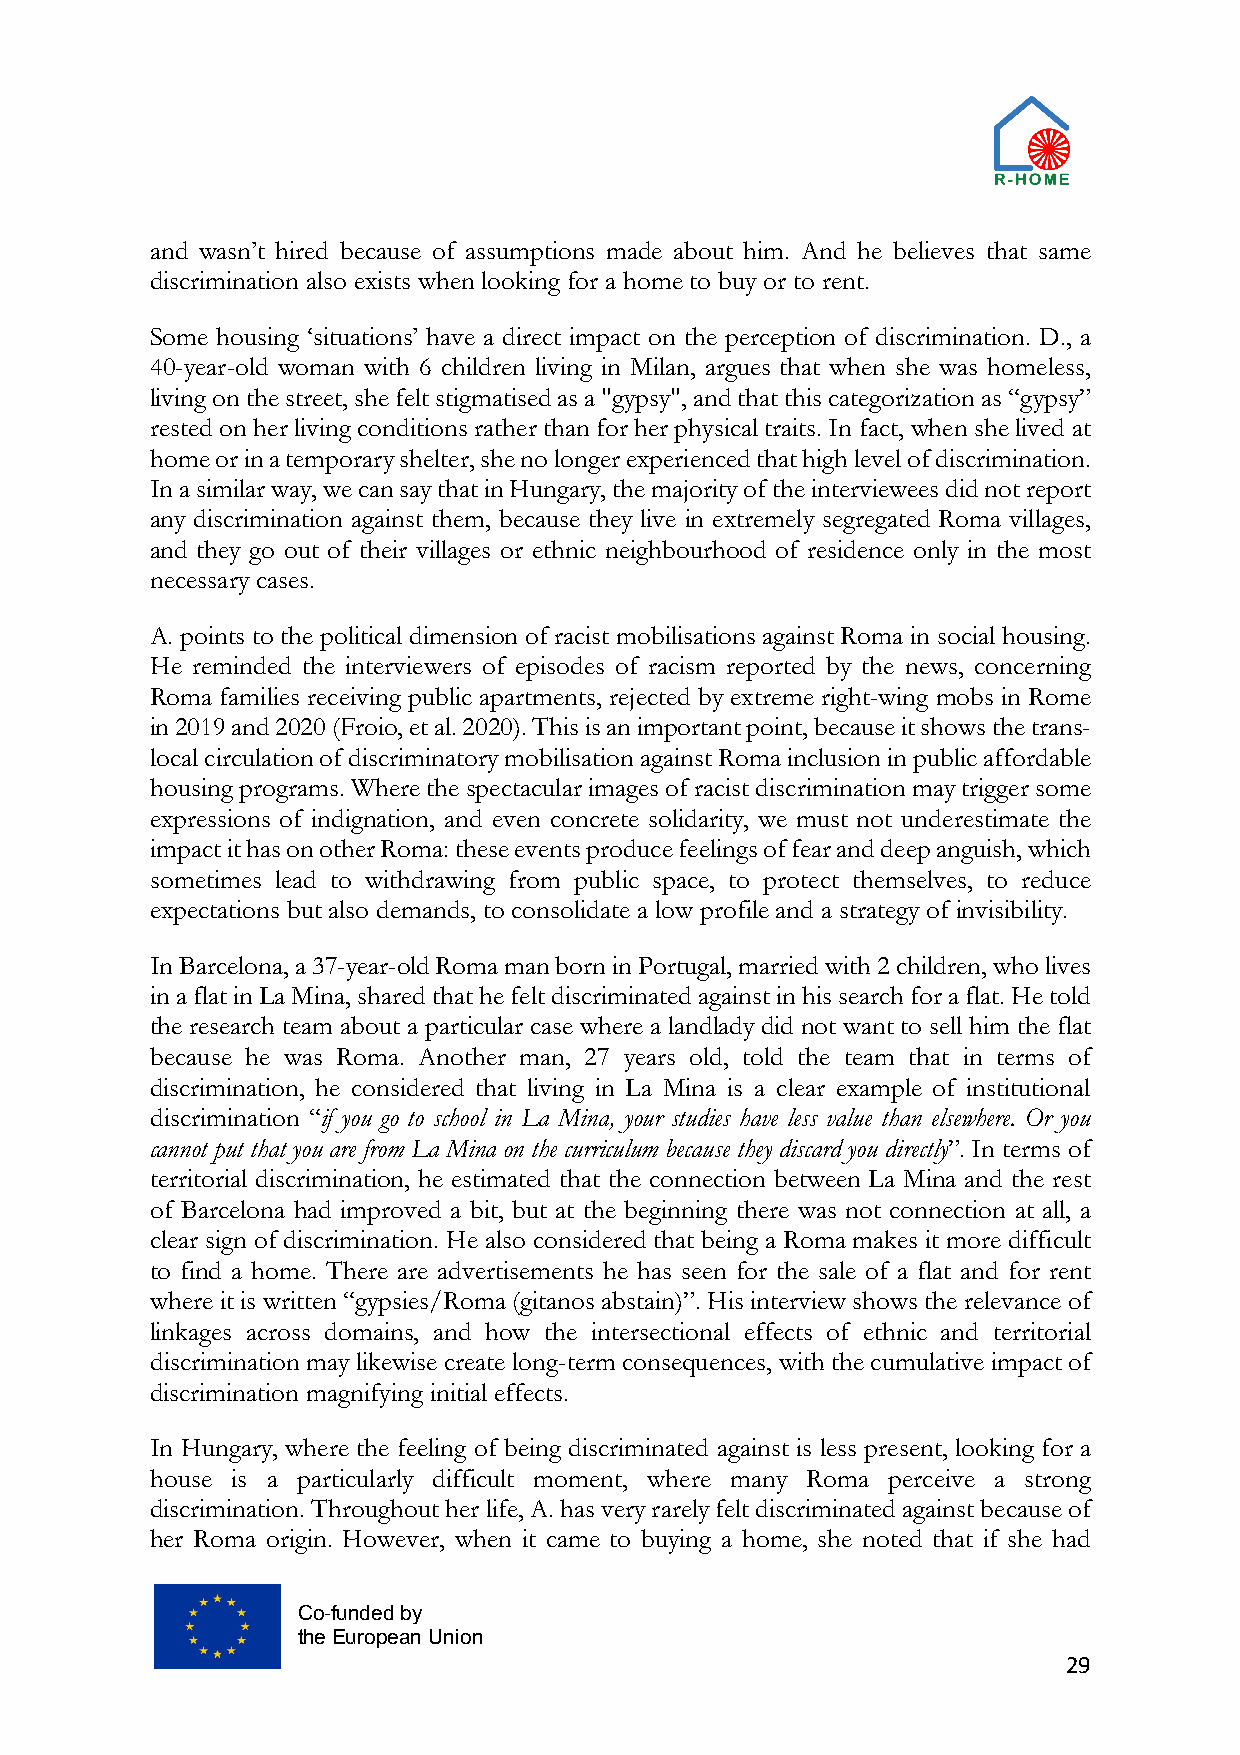
and wasn’t hired because of assumptions made about him. And he believes that same
 discrimination also exists when looking for a home to buy or to rent.
 Some housing ‘situations’ have a direct impact on the perception of discrimination. D., a
 40-year-old woman with 6 children living in Milan, argues that when she was homeless,
 living on the street, she felt stigmatised as a "gypsy", and that this categorization as “gypsy”
 rested on her living conditions rather than for her physical traits. In fact, when she lived at
 home or in a temporary shelter, she no longer experienced that high level of discrimination.
 In a similar way, we can say that in Hungary, the majority of the interviewees did not report
 any discrimination against them, because they live in extremely segregated Roma villages,
 and they go out of their villages or ethnic neighbourhood of residence only in the most
 necessary cases.
 A. points to the political dimension of racist mobilisations against Roma in social housing.
 He reminded the interviewers of episodes of racism reported by the news, concerning
 Roma families receiving public apartments, rejected by extreme right-wing mobs in Rome
 in 2019 and 2020 (Froio, et al. 2020). This is an important point, because it shows the trans-
 local circulation of discriminatory mobilisation against Roma inclusion in public affordable
 housing programs. Where the spectacular images of racist discrimination may trigger some
 expressions of indignation, and even concrete solidarity, we must not underestimate the
 impact it has on other Roma: these events produce feelings of fear and deep anguish, which
 sometimes lead to withdrawing from public space, to protect themselves, to reduce
 expectations but also demands, to consolidate a low profile and a strategy of invisibility.
 In Barcelona, a 37-year-old Roma man born in Portugal, married with 2 children, who lives
 in a flat in La Mina, shared that he felt discriminated against in his search for a flat. He told
 the research team about a particular case where a landlady did not want to sell him the flat
 because he was Roma. Another man, 27 years old, told the team that in terms of
 discrimination, he considered that living in La Mina is a clear example of institutional
 discrimination “if you go to school in La Mina, your studies have less value than elsewhere. Or you
 cannot put that you are from La Mina on the curriculum because they discard you directly”. In terms of
 territorial discrimination, he estimated that the connection between La Mina and the rest
 of Barcelona had improved a bit, but at the beginning there was not connection at all, a
 clear sign of discrimination. He also considered that being a Roma makes it more difficult
 to find a home. There are advertisements he has seen for the sale of a flat and for rent
 where it is written “gypsies/Roma (gitanos abstain)”. His interview shows the relevance of
 linkages across domains, and how the intersectional effects of ethnic and territorial
 discrimination may likewise create long-term consequences, with the cumulative impact of
 discrimination magnifying initial effects.
 In Hungary, where the feeling of being discriminated against is less present, looking for a
 house is a particularly difficult moment, where many Roma perceive a strong
 discrimination. Throughout her life, A. has very rarely felt discriminated against because of
 her Roma origin. However, when it came to buying a home, she noted that if she had
 Co-funded by
 the European Union
 29